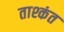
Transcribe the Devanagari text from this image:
ताश्कंत